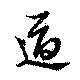
逼